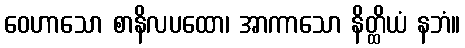
ဝေဟာသော စာနိလပထော၊ အာကာသော နိတ္ထိယံ နဘံ။